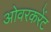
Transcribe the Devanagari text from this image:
ओवरकरेंट